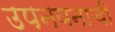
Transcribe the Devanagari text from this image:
उपनयनाची